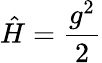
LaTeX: \hat{H}=\frac{g^{2}}{2}